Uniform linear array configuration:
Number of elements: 24
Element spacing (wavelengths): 0.5
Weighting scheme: binomial
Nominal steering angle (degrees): -45
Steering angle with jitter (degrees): -45.987
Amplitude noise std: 0.05
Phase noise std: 0.05

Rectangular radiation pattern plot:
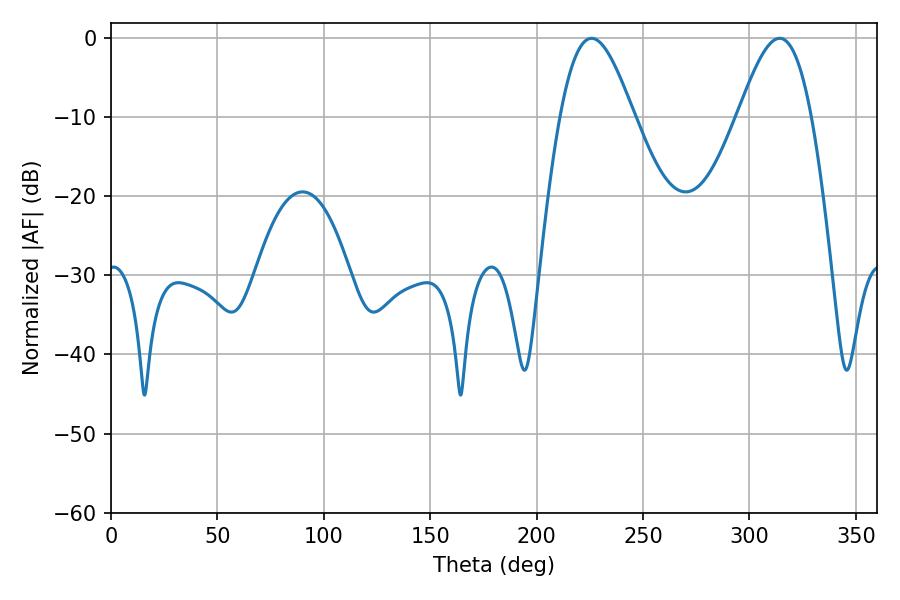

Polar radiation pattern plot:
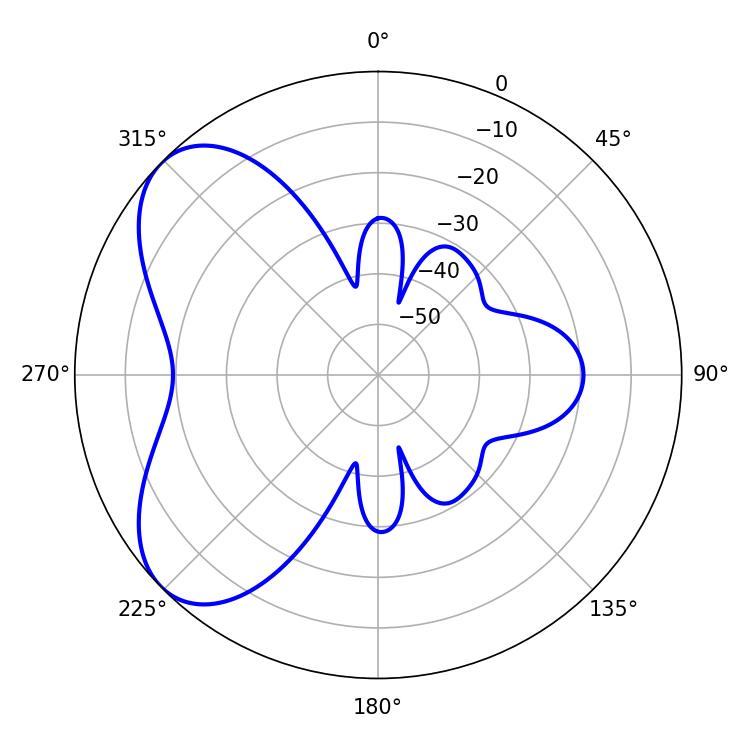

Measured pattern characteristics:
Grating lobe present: FALSE
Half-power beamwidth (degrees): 18.54
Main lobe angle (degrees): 225.72